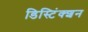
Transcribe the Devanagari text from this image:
डिस्टिंंक्शन